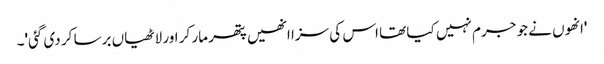
'انھوں نے جو جرم نہیں کیا تھا اس کی سزا انھیں پتھر مار کر اور لاٹھیاں برسا کر دی گئی'۔